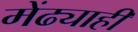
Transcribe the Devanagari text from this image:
मेंढ्याही